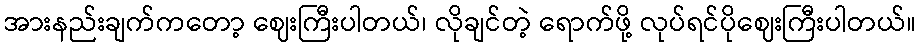
အားနည်းချက်ကတော့ ဈေးကြီးပါတယ်၊ လိုချင်တဲ့ ရောက်ဖို့ လုပ်ရင်ပိုဈေးကြီးပါတယ်။